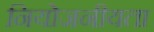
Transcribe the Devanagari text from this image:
नियोजनीयता